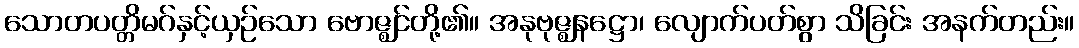
သောတပတ္တိမဂ်နှင့်ယှဉ်သော ဗောဇ္ဈင်တို့၏။ အနုဗုဇ္ဈနဋ္ဌော၊ လျောက်ပတ်စွာ သိခြင်း အနက်တည်း။